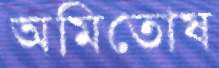
অমিতোষ